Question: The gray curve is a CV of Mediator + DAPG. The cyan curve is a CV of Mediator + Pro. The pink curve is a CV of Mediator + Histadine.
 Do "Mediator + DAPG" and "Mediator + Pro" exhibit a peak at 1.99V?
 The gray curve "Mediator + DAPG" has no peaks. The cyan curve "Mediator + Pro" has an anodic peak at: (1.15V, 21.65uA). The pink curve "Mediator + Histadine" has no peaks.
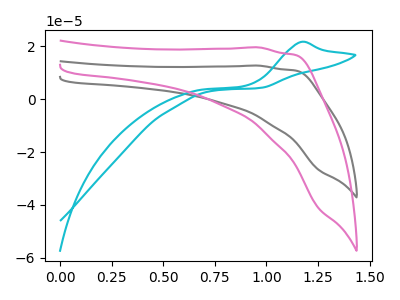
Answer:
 <answer>No, "Mediator + DAPG" and "Mediator + Pro" dont share a peak at 1.99V.</answer>
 <eval>mismatch</eval>